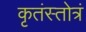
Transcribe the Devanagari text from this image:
कृतंस्तोत्रं